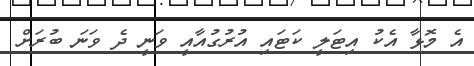
އެ މޮޅާ އެކު އިޓަލީ ކަޓައި އުރުގުއާއީ ވަނީ ދެ ވަނަ ބުރަށް